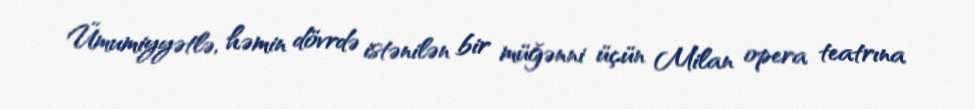
Ümumiyyətlə, həmin dövrdə istənilən bir müğənni üçün Milan opera teatrına